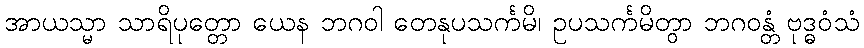
အာယသ္မာ သာရိပုတ္တော ယေန ဘဂဝါ တေနုပသင်္ကမိ၊ ဥပသင်္ကမိတွာ ဘဂဝန္တံ ဗုဒ္ဓဝံသံ